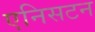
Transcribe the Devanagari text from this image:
एनिसटन